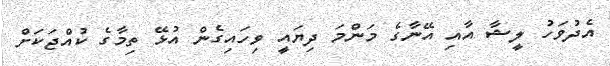
އެދުވަހު ލީޝާ އާއި އޭނާގެ މަންމަ ދިޔައީ ވިހައިގެން އުޅޭ ތިމާގެ ކުއްޖަކަށް